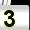
Digit: 3